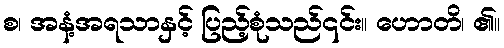
စ၊ အနံ့အရသာနှင့် ပြည့်စုံသည်၎င်း။ ဟောတိ၊ ၏။